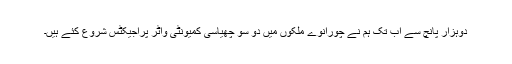
دوہزار پانچ سے اب تک ہم نے چورانوے ملکوں میں دو سو چھیاسی کمیونٹی واٹر پراجیکٹس شروع کئے ہیں۔